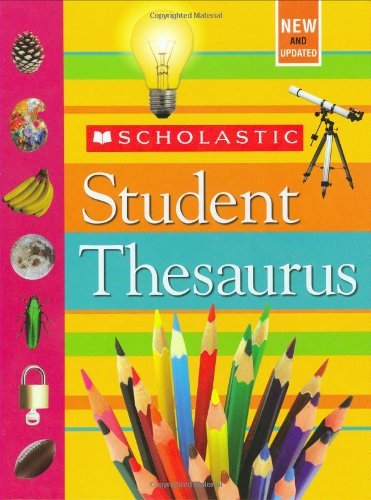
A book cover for Scholastic Student Thesaurus; John Bollard; Reference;